Indian journal of veterinary science and animal husbandry - Volumes 18-21, 1948-1951
Year: 1948
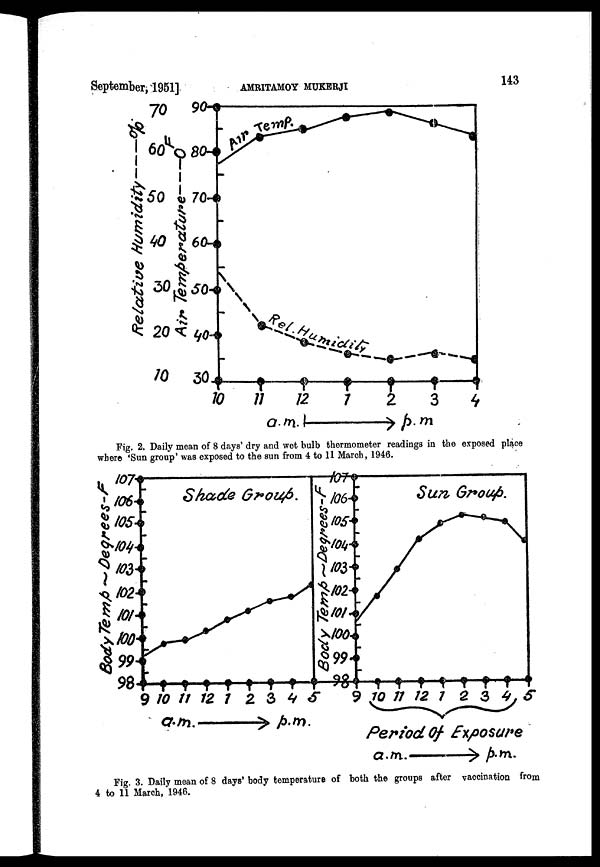
September, 1951]
AMRITAMOY
MUKHERJI
143
Fig. 2. Daily mean of 8 days' dry and wet bulb thermometer readings in the exposed place
where 'Sun group' was exposed to the sun from 4 to 11 March, 1946.
Fig. 3. Daily mean of 8 days' body temperature of both the groups after vaccination from
4 to 11 March, 1946.